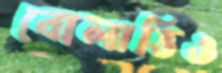
বোলাত্তিও